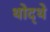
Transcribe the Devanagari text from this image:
थोद्थे